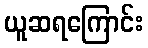
ယူဆရကြောင်း